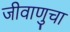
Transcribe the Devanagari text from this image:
जीवाणुचा